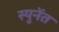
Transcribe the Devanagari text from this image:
स्युनेंत